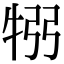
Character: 𤙗